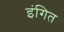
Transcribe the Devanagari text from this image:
इंगित